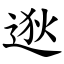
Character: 逖